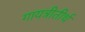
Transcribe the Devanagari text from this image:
गायत्रीतीर्थ